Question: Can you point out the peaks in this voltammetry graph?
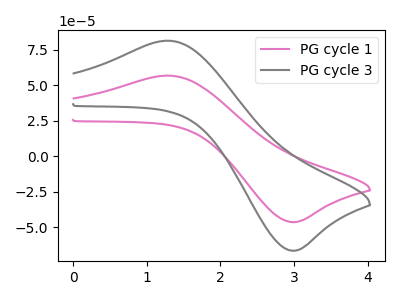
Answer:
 <answer>The pink curve "PG cycle 1" has an anodic peak at (1.30V, 56.80uA) and a cathodic peak at (2.95V, -46.40uA). The gray curve "PG cycle 3" has an anodic peak at (1.30V, 81.40uA) and a cathodic peak at (2.95V, -66.50uA).</answer>
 <eval></eval>